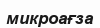
микроағза